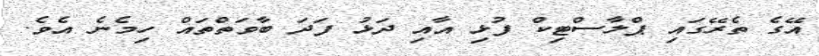
އޭގެ ތެރޭގައި ޕްލާސްޓިކް ފުޅި އާއި ދަޅު ފަދަ ބާވަތްތައް ހިމެނެ އެވެ.